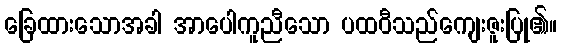
ခြေထားသောအခါ အာပေါကူညီသော ပထဝီသည်ကျေးဇူးပြု၏။